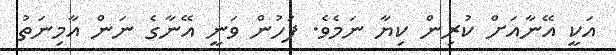
އަކީ އޭނާއަށް ކުރިން ކިޔާ ނަމެވެ. ފަހުން ވަނީ އޭނާގެ ނަން އާމިނަތު